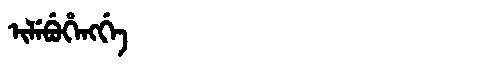
Manchu: ᡳᠯᡝᠪᡠᡥᡝᠩᡤᡝ
Romanization: ILEBUHENGGE